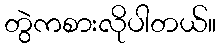
တွဲကစားလိုပါတယ်။